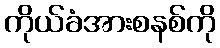
ကိုယ်ခံအားစနစ်ကို